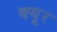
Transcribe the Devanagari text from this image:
क्यूर